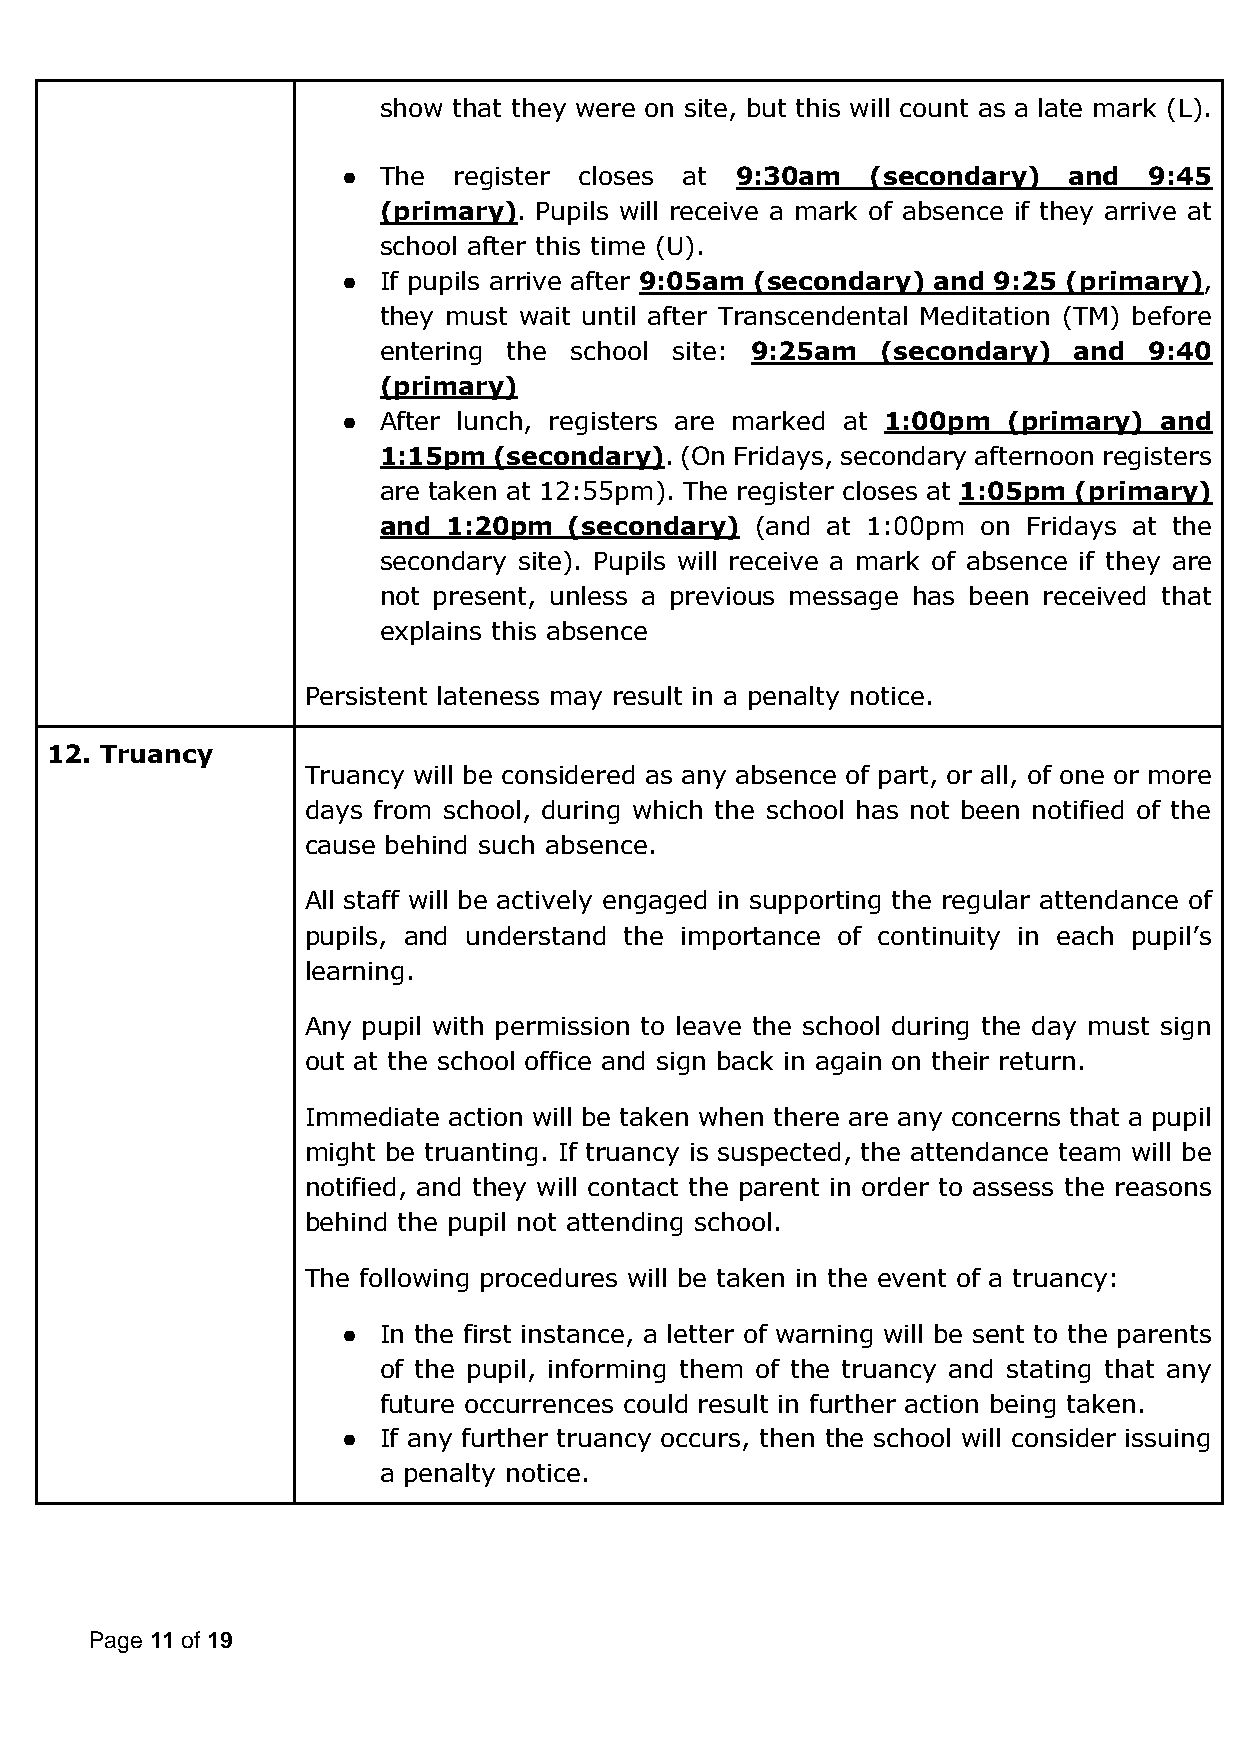
show that they were on site, but this will count as a late mark (L).
 ● The  register closes at 9:30am   (secondary)  and  9:45
 (primary). Pupils will receive a mark of absence if they arrive at
 school after this time (U).
 ● If pupils arrive after 9:05am (secondary) and 9:25 (primary),
 they must wait until after Transcendental Meditation (TM) before
 entering the school site: 9:25am (secondary)  and  9:40
 (primary)
 ● After lunch, registers are marked at 1:00pm (primary) and
 1:15pm  (secondary). (On Fridays, secondary afternoon registers
 are taken at 12:55pm). The register closes at 1:05pm (primary)
 and  1:20pm  (secondary) (and at 1:00pm on Fridays at the
 secondary site). Pupils will receive a mark of absence if they are
 not present, unless a previous message has been received that
 explains this absence
 Persistent lateness may result in a penalty notice.
 12. Truancy
 Truancy will be considered as any absence of part, or all, of one or more
 days from school, during which the school has not been notified of the
 cause behind such absence.
 All staff will be actively engaged in supporting the regular attendance of
 pupils, and understand the importance of continuity in each pupil’s
 learning.
 Any pupil with permission to leave the school during the day must sign
 out at the school office and sign back in again on their return.
 Immediate action will be taken when there are any concerns that a pupil
 might be truanting. If truancy is suspected, the attendance team will be
 notified, and they will contact the parent in order to assess the reasons
 behind the pupil not attending school.
 The following procedures will be taken in the event of a truancy:
 ● In the first instance, a letter of warning will be sent to the parents
 of the pupil, informing them of the truancy and stating that any
 future occurrences could result in further action being taken.
 ● If any further truancy occurs, then the school will consider issuing
 a penalty notice.
 Page 11 of 19